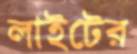
লাইটের